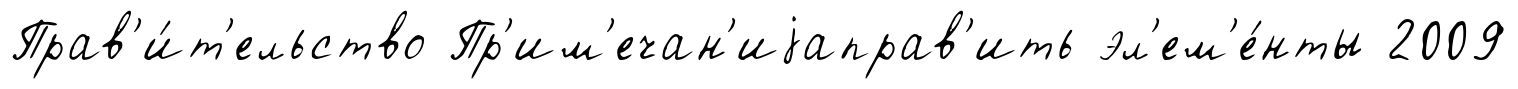
Прав'и́т'ельство Пр'им'ечан'иjаправ'ить эл'ем'е́нты 2009